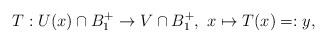
\begin{align*}T:U(x)\cap B_{1}^+ \rightarrow V\cap B_{1}^+, \ x \mapsto T(x)=:y,\end{align*}